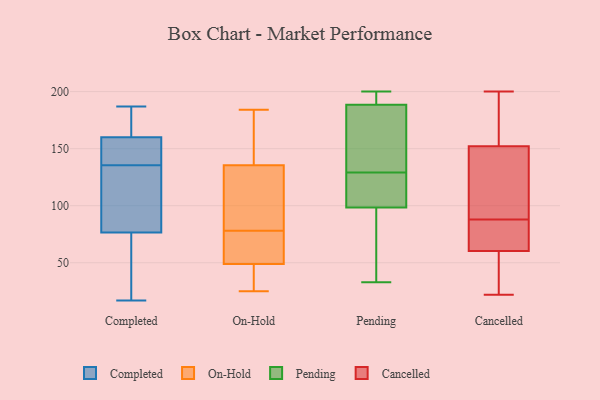
{"axis": {"x": "LTV (USD)", "y": "Value"}, "legend": ["Cancelled", "Completed", "On-Hold", "Pending"], "data": [{"x": "", "y": 183, "type": "Completed"}, {"x": "", "y": 46, "type": "Completed"}, {"x": "", "y": 163, "type": "Completed"}, {"x": "", "y": 187, "type": "Completed"}, {"x": "", "y": 116, "type": "Completed"}, {"x": "", "y": 68, "type": "Completed"}, {"x": "", "y": 139, "type": "Completed"}, {"x": "", "y": 141, "type": "Completed"}, {"x": "", "y": 17, "type": "Completed"}, {"x": "", "y": 161, "type": "Completed"}, {"x": "", "y": 31, "type": "Completed"}, {"x": "", "y": 159, "type": "Completed"}, {"x": "", "y": 132, "type": "Completed"}, {"x": "", "y": 145, "type": "Completed"}, {"x": "", "y": 119, "type": "Completed"}, {"x": "", "y": 85, "type": "Completed"}, {"x": "", "y": 82, "type": "On-Hold"}, {"x": "", "y": 184, "type": "On-Hold"}, {"x": "", "y": 78, "type": "On-Hold"}, {"x": "", "y": 180, "type": "On-Hold"}, {"x": "", "y": 25, "type": "On-Hold"}, {"x": "", "y": 143, "type": "On-Hold"}, {"x": "", "y": 29, "type": "On-Hold"}, {"x": "", "y": 133, "type": "On-Hold"}, {"x": "", "y": 51, "type": "On-Hold"}, {"x": "", "y": 43, "type": "On-Hold"}, {"x": "", "y": 57, "type": "On-Hold"}, {"x": "", "y": 52, "type": "On-Hold"}, {"x": "", "y": 132, "type": "On-Hold"}, {"x": "", "y": 33, "type": "Pending"}, {"x": "", "y": 181, "type": "Pending"}, {"x": "", "y": 129, "type": "Pending"}, {"x": "", "y": 196, "type": "Pending"}, {"x": "", "y": 124, "type": "Pending"}, {"x": "", "y": 141, "type": "Pending"}, {"x": "", "y": 41, "type": "Pending"}, {"x": "", "y": 197, "type": "Pending"}, {"x": "", "y": 114, "type": "Pending"}, {"x": "", "y": 106, "type": "Pending"}, {"x": "", "y": 144, "type": "Pending"}, {"x": "", "y": 96, "type": "Pending"}, {"x": "", "y": 198, "type": "Pending"}, {"x": "", "y": 51, "type": "Pending"}, {"x": "", "y": 72, "type": "Pending"}, {"x": "", "y": 200, "type": "Pending"}, {"x": "", "y": 141, "type": "Pending"}, {"x": "", "y": 120, "type": "Pending"}, {"x": "", "y": 191, "type": "Pending"}, {"x": "", "y": 58, "type": "Cancelled"}, {"x": "", "y": 67, "type": "Cancelled"}, {"x": "", "y": 41, "type": "Cancelled"}, {"x": "", "y": 200, "type": "Cancelled"}, {"x": "", "y": 124, "type": "Cancelled"}, {"x": "", "y": 22, "type": "Cancelled"}, {"x": "", "y": 154, "type": "Cancelled"}, {"x": "", "y": 183, "type": "Cancelled"}, {"x": "", "y": 83, "type": "Cancelled"}, {"x": "", "y": 88, "type": "Cancelled"}, {"x": "", "y": 146, "type": "Cancelled"}]}